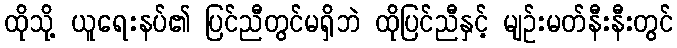
ထိုသို့ ယူရေးနပ်၏ ပြင်ညီတွင်မရှိဘဲ ထိုပြင်ညီနှင့် မျဉ်းမတ်နီးနီးတွင်